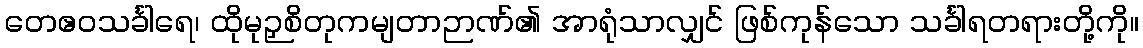
တေဧဝသင်္ခါရေ၊ ထိုမုဉှစိတုကမျတာဉာဏ်၏ အာရုံသာလျှင် ဖြစ်ကုန်သော သင်္ခါရတရားတို့ကို။